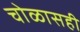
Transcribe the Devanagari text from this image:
चोळासही